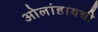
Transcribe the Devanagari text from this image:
ओलांडायची